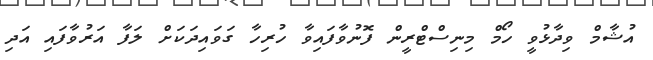
އުޝާމް ވިދާޅުވީ ހޯމް މިނިސްޓްރީން ފޮނުވާފައިވާ ހުރިހާ ގަވައިދަކަށް ލަފާ އަރުވާފައި އަދި